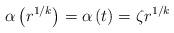
LaTeX: \begin{align*}\alpha\left(r^{1/k} \right) = \alpha\left( t \right) =\zeta r^{1/k}\end{align*}